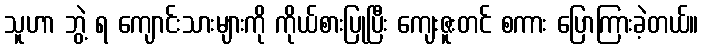
သူဟာ ဘွဲ့ ရ ကျောင်းသားများကို ကိုယ်စားပြုပြီး ကျေးဇူးတင် စကား ပြောကြားခဲ့တယ်။